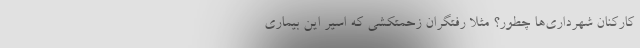
کارکنان شهرداری‌ها چطور؟ مثلاً‌ رفتگران زحمتکشی که اسیر این بیماری